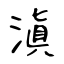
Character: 滇